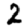
Digit: 2